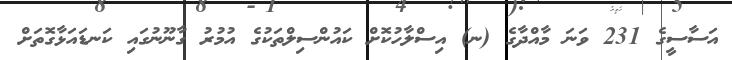
އަސާސީގެ 231 ވަނަ މާއްދާގެ (ނ) އިސްލާހުކޮށް ކައުންސިލްތަކުގެ އުމުރު ގާނޫނުގައި ކަނޑައަޅާގޮތަށް